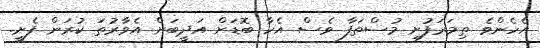
އެހެންވެ ތިމަރަފުށި މުސްތަފާ ވެސް އެހާ ބޮޑަށް އަދީބަށް އެވާރުތަ ކުރަން ފެށީ.